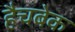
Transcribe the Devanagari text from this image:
हैचबेक